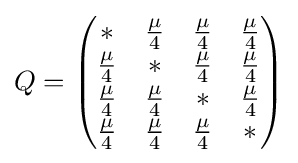
Q={\begin{pmatrix}{*}&{\mu  \over 4}&{\mu  \over 4}&{\mu  \over 4}\\{\mu  \over 4}&{*}&{\mu  \over 4}&{\mu  \over 4}\\{\mu  \over 4}&{\mu  \over 4}&{*}&{\mu  \over 4}\\{\mu  \over 4}&{\mu  \over 4}&{\mu  \over 4}&{*}\end{pmatrix}}